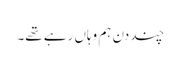
چند دن ہم وہاں رہے تھے۔